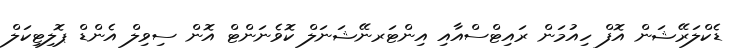
ޑެކްލަރޭޝަން އޮފް ހިއުމަން ރައިޓްސްއާއި އިންޓަރނޭޝަނަލް ކޮވެނަންޓް އޮން ސިވިލް އެންޑް ޕޮލިޓިކަލް